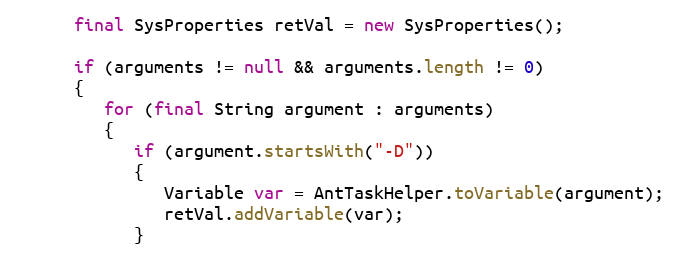
Language: Java
      final SysProperties retVal = new SysProperties();

      if (arguments != null && arguments.length != 0)
      {
         for (final String argument : arguments)
         {
            if (argument.startsWith("-D"))
            {
               Variable var = AntTaskHelper.toVariable(argument);
               retVal.addVariable(var);
            }